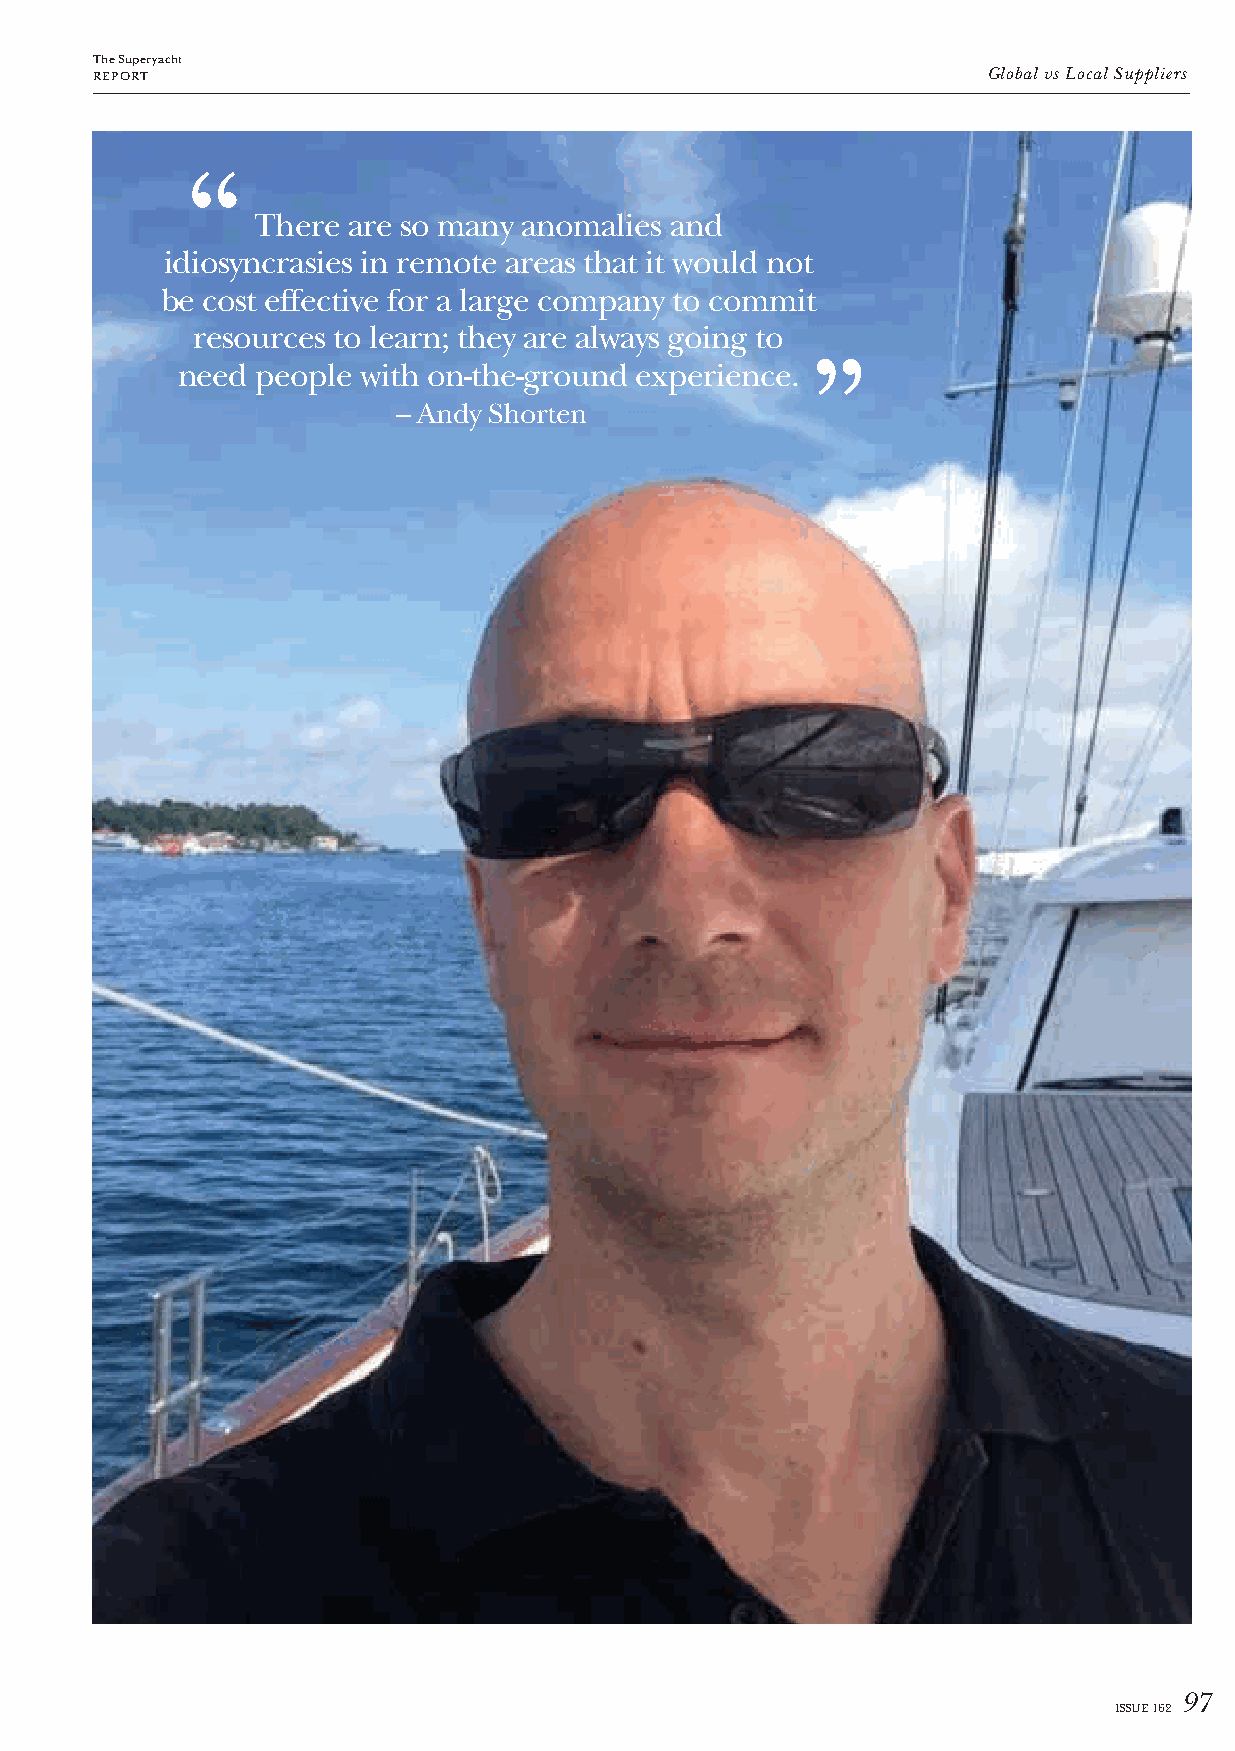
The Superyacht
 REPORT                                                     Global vs Local Suppliers
 “
 There are so many anomalies and
 idiosyncrasies in remote areas that it would not
 be cost effective for a large company to commit
 resources to learn; they are always going to
 ”
 need people with on-the-ground experience.
 – Andy Shorten
 97
 ISSUE 162